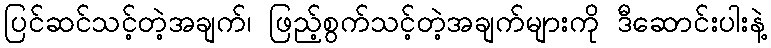
ပြင်ဆင်သင့်တဲ့အချက်၊ ဖြည့်စွက်သင့်တဲ့အချက်များကို ဒီဆောင်းပါးနဲ့